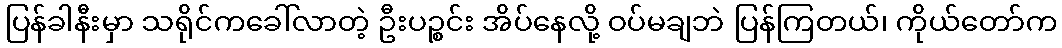
ပြန်ခါနီးမှာ သရိုင်ကခေါ်လာတဲ့ ဦးပဉ္စင်း အိပ်နေလို့ ဝပ်မချဘဲ ပြန်ကြတယ်၊ ကိုယ်တော်က